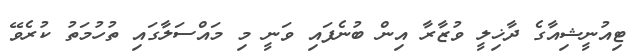
ޓިއުނީޝިއާގެ ދާޚިލީ ވުޒާރާ އިން ބުނެފައި ވަނީ މި މައްސަލާގައި ތުހުމަތު ކުރެވޭ